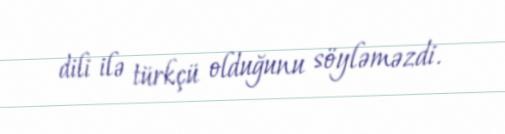
dili ilə türkçü olduğunu söyləməzdi.